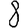
Digit: 8